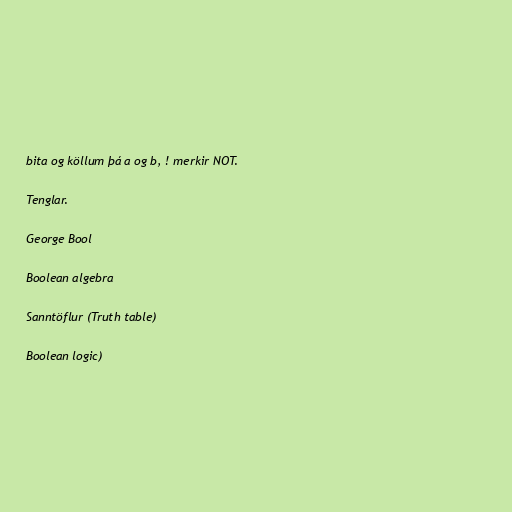
bita og köllum þá a og b, ! merkir NOT.

Tenglar.

George Bool

Boolean algebra

Sanntöflur (Truth table)

Boolean logic)